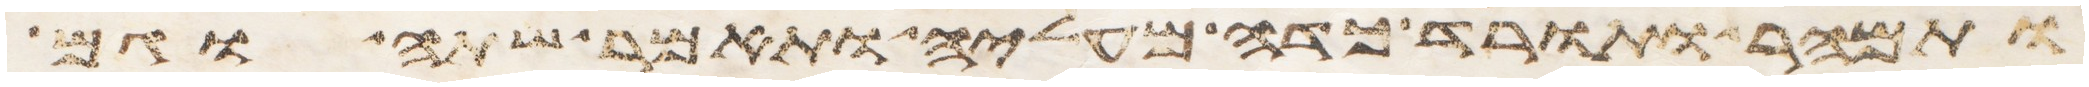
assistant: ותמהר ותורד כדה מעליה ותאמר שתה וגם